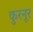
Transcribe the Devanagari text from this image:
कुरनूर